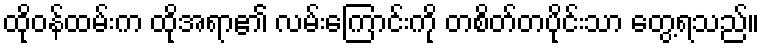
ထိုဝန်ထမ်းက ထိုအရာ၏ လမ်းကြောင်းကို တစိတ်တပိုင်းသာ တွေ့ရသည်။